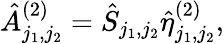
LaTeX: \hat{A}_{j_{1},j_{2}}^{(2)}=\hat{S}_{j_{1},j_{2}}\hat{\eta}_{j_{1},j_{2}}^{(2)},